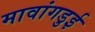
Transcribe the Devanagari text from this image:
मावांगडुई